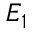
E _ { 1 }